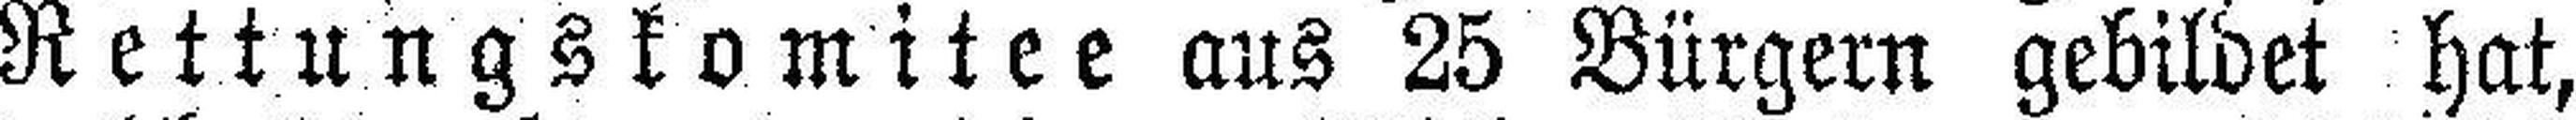
Rettungskomitee aus 25 Bürgern gebildet hat,